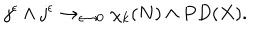
j ^ { \epsilon } \wedge j ^ { \epsilon } \rightarrow _ { \epsilon \rightarrow 0 } \chi _ { k } ( N ) \wedge P D ( X ) .